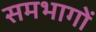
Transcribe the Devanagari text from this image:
समभागों